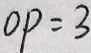
O P = 3